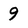
Character: 9